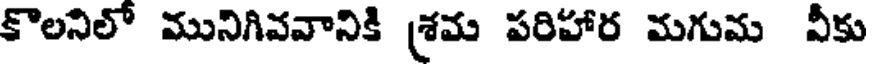
కొలనిలో మునిగివవానికి (శమ పరిహార మగుమ వీకు